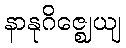
နာနုဂိဇ္ဈေယျ